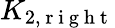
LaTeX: K_{2,\mathrm{~r~i~g~h~t~}}